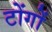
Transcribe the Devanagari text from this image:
टोंगों